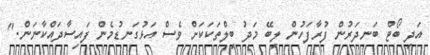
އަދި ބޯޓް ބަނދަރުން ފުރާފަހުން ލިބޭ މަދު ބިލްތަކަކަށް ވެސް އަޅުގަނޑުމެން ފައިސާދައްކާނަން."